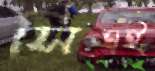
সিএই